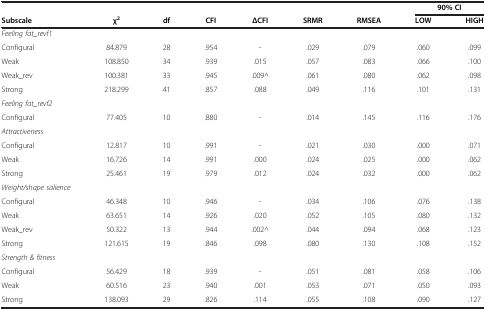
<table><thead><tr><td><b> </b></td><td><b> </b></td><td><b> </b></td><td><b> </b></td><td><b> </b></td><td><b> </b></td><td><b> </b></td><td colspan="2"><b>90% CI</b></td></tr><tr><td><b>Subscale</b></td><td><b>χ<sup>2</sup></b></td><td><b>df</b></td><td><b>CFI</b></td><td><b>ΔCFI</b></td><td><b>SRMR</b></td><td><b>RMSEA</b></td><td><b>LOW</b></td><td><b>HIGH</b></td></tr></thead><tbody><tr><td><i>Feeling fat_revf1</i></td><td> </td><td> </td><td> </td><td> </td><td> </td><td> </td><td> </td><td> </td></tr><tr><td>Configural</td><td>84.879</td><td>28</td><td>.954</td><td>-</td><td>.029</td><td>.079</td><td>.060</td><td>.099</td></tr><tr><td>Weak</td><td>108.850</td><td>34</td><td>.939</td><td>.015</td><td>.057</td><td>.083</td><td>.066</td><td>.100</td></tr><tr><td>Weak_rev</td><td>100.381</td><td>33</td><td>.945</td><td>.009^</td><td>.061</td><td>.080</td><td>.062</td><td>.098</td></tr><tr><td>Strong</td><td>218.299</td><td>41</td><td>.857</td><td>.088</td><td>.049</td><td>.116</td><td>.101</td><td>.131</td></tr><tr><td><i>Feeling fat_revf2</i></td><td> </td><td> </td><td> </td><td> </td><td> </td><td> </td><td> </td><td> </td></tr><tr><td>Configural</td><td>77.405</td><td>10</td><td>.880</td><td>-</td><td>.014</td><td>.145</td><td>.116</td><td>.176</td></tr><tr><td><i>Attractiveness</i></td><td> </td><td> </td><td> </td><td> </td><td> </td><td> </td><td> </td><td> </td></tr><tr><td>Configural</td><td>12.817</td><td>10</td><td>.991</td><td>-</td><td>.021</td><td>.030</td><td>.000</td><td>.071</td></tr><tr><td>Weak</td><td>16.726</td><td>14</td><td>.991</td><td>.000</td><td>.024</td><td>.025</td><td>.000</td><td>.062</td></tr><tr><td>Strong</td><td>25.461</td><td>19</td><td>.979</td><td>.012</td><td>.024</td><td>.032</td><td>.000</td><td>.062</td></tr><tr><td><i>Weight/shape salience</i></td><td> </td><td> </td><td> </td><td> </td><td> </td><td> </td><td> </td><td> </td></tr><tr><td>Configural</td><td>46.348</td><td>10</td><td>.946</td><td>-</td><td>.034</td><td>.106</td><td>.076</td><td>.138</td></tr><tr><td>Weak</td><td>63.651</td><td>14</td><td>.926</td><td>.020</td><td>.052</td><td>.105</td><td>.080</td><td>.132</td></tr><tr><td>Weak_rev</td><td>50.322</td><td>13</td><td>.944</td><td>.002^</td><td>.044</td><td>.094</td><td>.068</td><td>.123</td></tr><tr><td>Strong</td><td>121.615</td><td>19</td><td>.846</td><td>.098</td><td>.080</td><td>.130</td><td>.108</td><td>.152</td></tr><tr><td><i>Strength &amp; fitness</i></td><td> </td><td> </td><td> </td><td> </td><td> </td><td> </td><td> </td><td> </td></tr><tr><td>Configural</td><td>56.429</td><td>18</td><td>.939</td><td>-</td><td>.051</td><td>.081</td><td>.058</td><td>.106</td></tr><tr><td>Weak</td><td>60.516</td><td>23</td><td>.940</td><td>.001</td><td>.053</td><td>.071</td><td>.050</td><td>.093</td></tr><tr><td>Strong</td><td>138.093</td><td>29</td><td>.826</td><td>.114</td><td>.055</td><td>.108</td><td>.090</td><td>.127</td></tr></tbody></table>